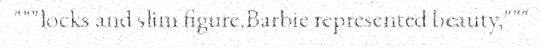
"""locks and slim figure.Barbie represented beauty,"""